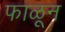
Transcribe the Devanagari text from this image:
फाळून